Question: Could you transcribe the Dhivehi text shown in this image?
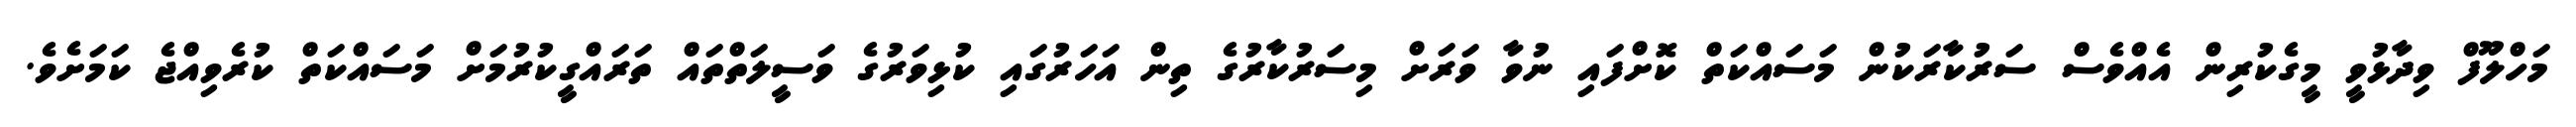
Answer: މަހްލޫފް ވިދާޅުވީ މީގެކުރިން އެއްވެސް ސަރުކާރަކުން މަސައްކަތް ކޮށްފައި ނުވާ ވަރަށް މިސަރުކާރުގެ ތިން އަހަރުގައި ކުޅިވަރުގެ ވަސީލަތްތައް ތަރައްގީކުރުމަށް މަސައްކަތް ކުރެވިއްޖެ ކަމަށެވެ.